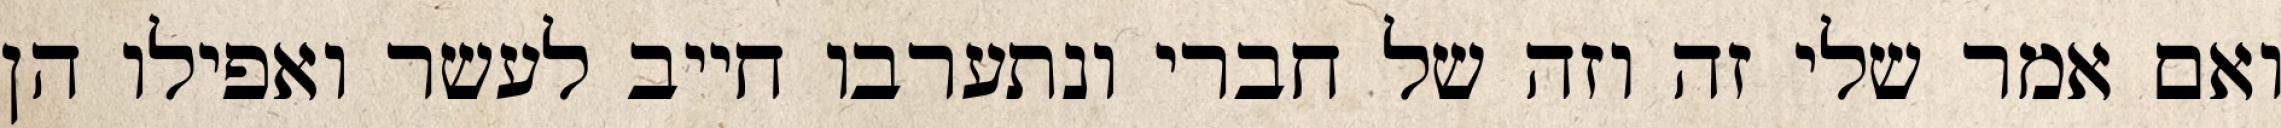
ואם אמר שלי זה וזה של חברי ונתערבו חייב לעשר ואפילו הן